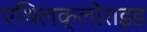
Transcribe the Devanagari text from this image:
एथिलक्लोराइड